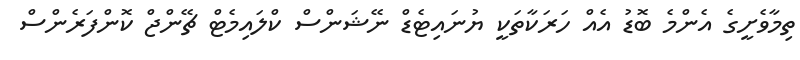
ތިމާވެށީގެ އެންމެ ބޮޑު އެއް ހަރަކާތަކީ ޔުނައިޓެޑް ނޭޝަންސް ކްލައިމެޓް ޗޭންޖް ކޮންފަރެންސް